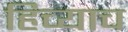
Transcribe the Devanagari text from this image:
हिच्याच